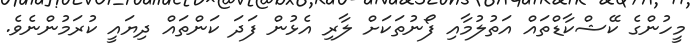
މީހުންގެ ކޭޝްކާޑްތައް އަތުލުމާއި ފޯނުތަކަށް ލާރި އެޅުން ފަދަ ކަންތައް ދިޔައީ ކުރަމުންނެވެ.